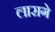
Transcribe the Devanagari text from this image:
लारागे